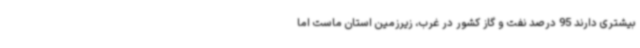
بیشتری دارند 95 درصد نفت و گاز کشور در غرب، زیرزمین استان ماست اما